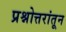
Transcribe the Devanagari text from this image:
प्रश्नोत्तरांतून